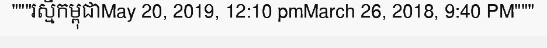
"""រស្មីកម្ពុជាMay 20, 2019, 12:10 pmMarch 26, 2018, 9:40 PM"""